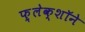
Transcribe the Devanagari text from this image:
फ़्लेक्शॉने